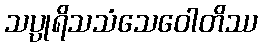
သပ္ပုရိသသံသေဝေါတိဿ